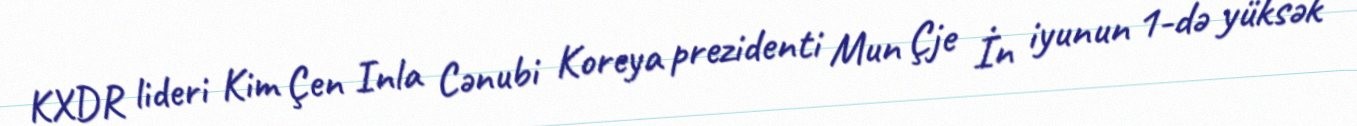
KXDR lideri Kim Çen Inla Cənubi Koreya prezidenti Mun Çje İn iyunun 1-də yüksək